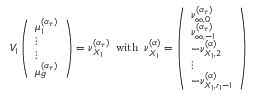
V _ { 1 } \left( \begin{array} { l } { \mu _ { 1 } ^ { ( \boldsymbol { \alpha } _ { \tau } ) } } \\ { \vdots } \\ { \vdots } \\ { \mu _ { g } ^ { ( \boldsymbol { \alpha } _ { \tau } ) } } \end{array} \right) = \boldsymbol { \nu } _ { X _ { 1 } } ^ { ( \boldsymbol { \alpha } _ { \tau } ) } \, \mathrm { ~ w i t h ~ } \, \boldsymbol { \nu } _ { X _ { 1 } } ^ { ( \boldsymbol { \alpha } ) } = \left( \begin{array} { l } { \nu _ { \infty , 0 } ^ { ( \boldsymbol { \alpha } _ { \tau } ) } } \\ { \nu _ { \infty , - 1 } ^ { ( \boldsymbol { \alpha } _ { \tau } ) } } \\ { - \nu _ { { X _ { 1 } } , 2 } ^ { ( \boldsymbol { \alpha } ) } } \\ { \vdots } \\ { - \nu _ { { X _ { 1 } } , r _ { 1 } - 1 } ^ { ( \boldsymbol { \alpha } ) } } \end{array} \right)